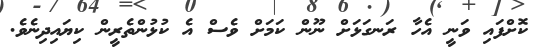
ކޮށްފައި ވަނީ އެހާ ރަނގަޅަށް ނޫން ކަމަށް ވެސް އެ ކުޅުންތެރީން ކިޔައިދިނެވެ.